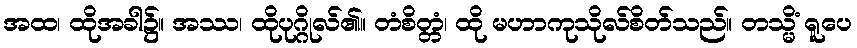
အထ၊ ထိုအခါ၌။ အဿ၊ ထိုပုဂ္ဂိုလ်၏။ တံစိတ္တံ၊ ထို မဟာကုသိုလ်စိတ်သည်။ တသ္မိံ ရူပေ